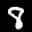
Label: 8